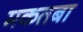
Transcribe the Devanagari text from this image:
मकतबा